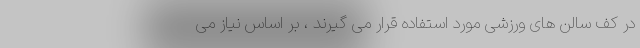
در کف سالن های ورزشی مورد استفاده قرار می گیرند ، بر اساس نیاز می